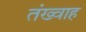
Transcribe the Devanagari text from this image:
तंख्वाह